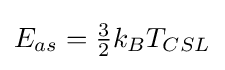
E_{as}={\tfrac {3}{2}}k_{B}T_{CSL}